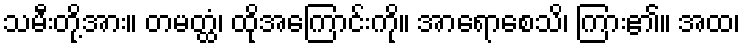
သမီးတို့အား။ တမတ္ထံ၊ ထိုအကြောင်းကို။ အာရောစေသိ၊ ကြား၏။ အထ၊